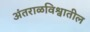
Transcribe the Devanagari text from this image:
अंतराळविश्वातील